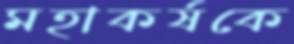
মহাকর্ষকে